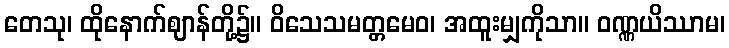
တေသု၊ ထိုနောက်ဈာန်တို့၌။ ဝိသေသမတ္တမေဝ၊ အထူးမျှကိုသာ။ ဝဏ္ဏယိဿာမ၊